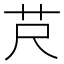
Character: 𦬨